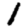
Digit: 1